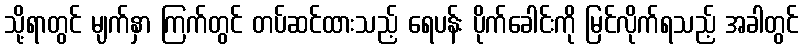
သို့ရာတွင် မျက်နှာ ကြက်တွင် တပ်ဆင်ထားသည့် ရေပန်း ပိုက်ခေါင်းကို မြင်လိုက်ရသည့် အခါတွင်